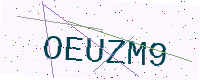
Text: OEUZM9